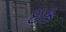
ઇક